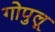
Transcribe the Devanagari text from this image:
गोपुलू